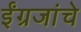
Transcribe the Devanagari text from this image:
ईंग्रजांचे